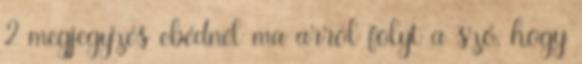
2 megjegyzés ebédnél ma arról folyt a szó, hogy